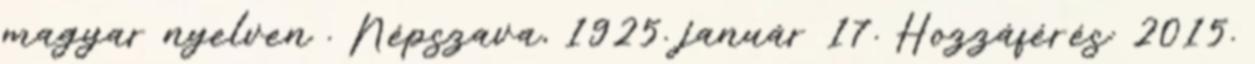
magyar nyelven . Népszava, 1925. január 17. Hozzáférés: 2015.